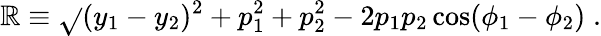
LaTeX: \mathbb{R}\equiv\sqrt{}{{(y_{1}-y_{2})^{2}+p_{1}^{2}+p_{2}^{2}-2p_{1}p_{2}\cos(\phi_{1}-\phi_{2})}}\; .